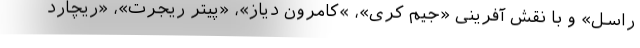
راسل» و با نقش آفرینی «جیم کری»، »کامرون دیاز»، «پیتر ریجرت»، «ریچارد